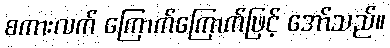
စကားလက် ကြောက်ကြောက်ဖြင့် အော်သည်။